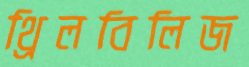
থ্রিলবিলিজ